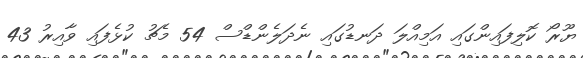
ޔޫރޯ ކޮލިފައިންގައި އަމިއްލަ ދަނޑުގައި ނެދަލެންޑްސް 54 މެޗު ކުޅެފައި ވާއިރު 43